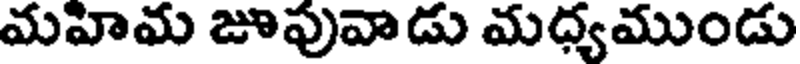
మహిమ జూపువాడు మధ్యముండు